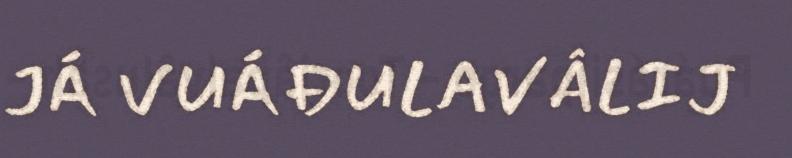
JÁ VUÁĐULAVÂLIJ